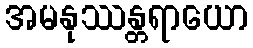
အမနုဿန္တရာယော